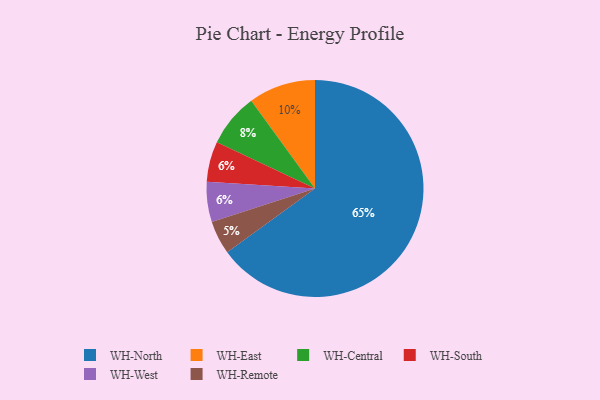
{"axis": {"x": "Category", "y": "Percentage"}, "legend": ["WH-Central", "WH-East", "WH-North", "WH-Remote", "WH-South", "WH-West"], "data": [{"x": "WH-Remote", "y": 5, "type": "WH-Remote"}, {"x": "WH-East", "y": 10, "type": "WH-East"}, {"x": "WH-South", "y": 6, "type": "WH-South"}, {"x": "WH-Central", "y": 8, "type": "WH-Central"}, {"x": "WH-West", "y": 6, "type": "WH-West"}, {"x": "WH-North", "y": 65, "type": "WH-North"}]}